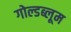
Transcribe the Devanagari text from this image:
गोल्डब्लूम